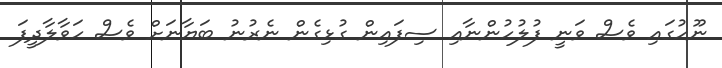
ނޫހުގައި ވެސް ވަނީ ފުލުހުންނާއި ސިފައިން ގުޅިގެން ނެރުނު ބަޔާނަށް ވެސް ހަވާލާދީފަ